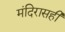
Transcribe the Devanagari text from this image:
मंदिरासही